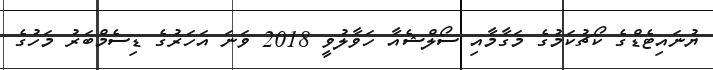
ޔުނައިޓެޑްގެ ކޯޗުކަމުގެ މަގާމާއި ސޯލްޝެއާ ހަވާލުވީ 2018 ވަނަ އަހަރުގެ ޑިސެމްބަރު މަހުގެ